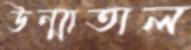
উন্মাতাল